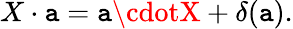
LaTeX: X\cdot\mathtt{a}=\mathtt{a}\cdotX+\delta(\mathtt{a}).